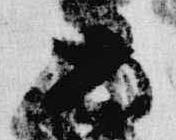
安